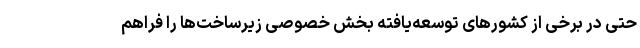
حتی در برخی از کشورهای توسعه‌یافته بخش خصوصی زیرساخت‌ها را فراهم